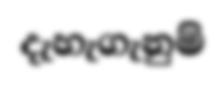
දැහැගැනුම්